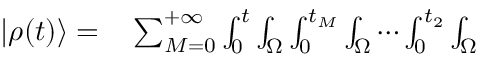
\begin{array} { r l } { | \rho ( t ) \rangle = } & { { } \sum _ { M = 0 } ^ { + \infty } \int _ { 0 } ^ { t } \int _ { \Omega } \int _ { 0 } ^ { t _ { M } } \int _ { \Omega } \cdots \int _ { 0 } ^ { t _ { 2 } } \int _ { \Omega } } \end{array}